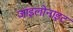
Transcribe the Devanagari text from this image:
जाइलोनाइट